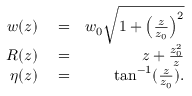
\begin{array} { r l r } { w ( z ) } & { { } = } & { w _ { 0 } \sqrt { 1 + \left( \frac { z } { z _ { 0 } } \right) ^ { 2 } } } \\ { R ( z ) } & { { } = } & { z + \frac { z _ { 0 } ^ { 2 } } { z } } \\ { \eta ( z ) } & { { } = } & { \tan ^ { - 1 } ( \frac { z } { z _ { 0 } } ) . } \end{array}